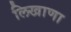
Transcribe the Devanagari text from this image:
लिखाणा